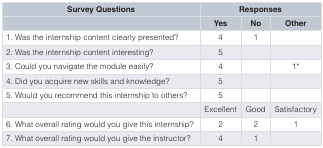
<table><thead><tr><td><b>Survey Questions</b></td><td colspan="3"><b>Responses</b></td></tr><tr><td></td><td><b>Yes</b></td><td><b>No</b></td><td><b>Other</b></td></tr></thead><tbody><tr><td>1. Was the internship content clearly presented?</td><td>4</td><td>1</td><td></td></tr><tr><td>2. Was the internship content interesting?</td><td>5</td><td></td><td></td></tr><tr><td>3. Could you navigate the module easily?</td><td>4</td><td></td><td>1*</td></tr><tr><td>4. Did you acquire new skills and knowledge?</td><td>5</td><td></td><td></td></tr><tr><td>5. Would you recommend this internship to others?</td><td>5</td><td></td><td></td></tr><tr><td></td><td>Excellent</td><td>Good</td><td>Satisfactory</td></tr><tr><td>6. What overall rating would you give this internship?</td><td>2</td><td>2</td><td>1</td></tr><tr><td>7. What overall rating would you give the instructor?</td><td>4</td><td>1</td><td></td></tr></tbody></table>